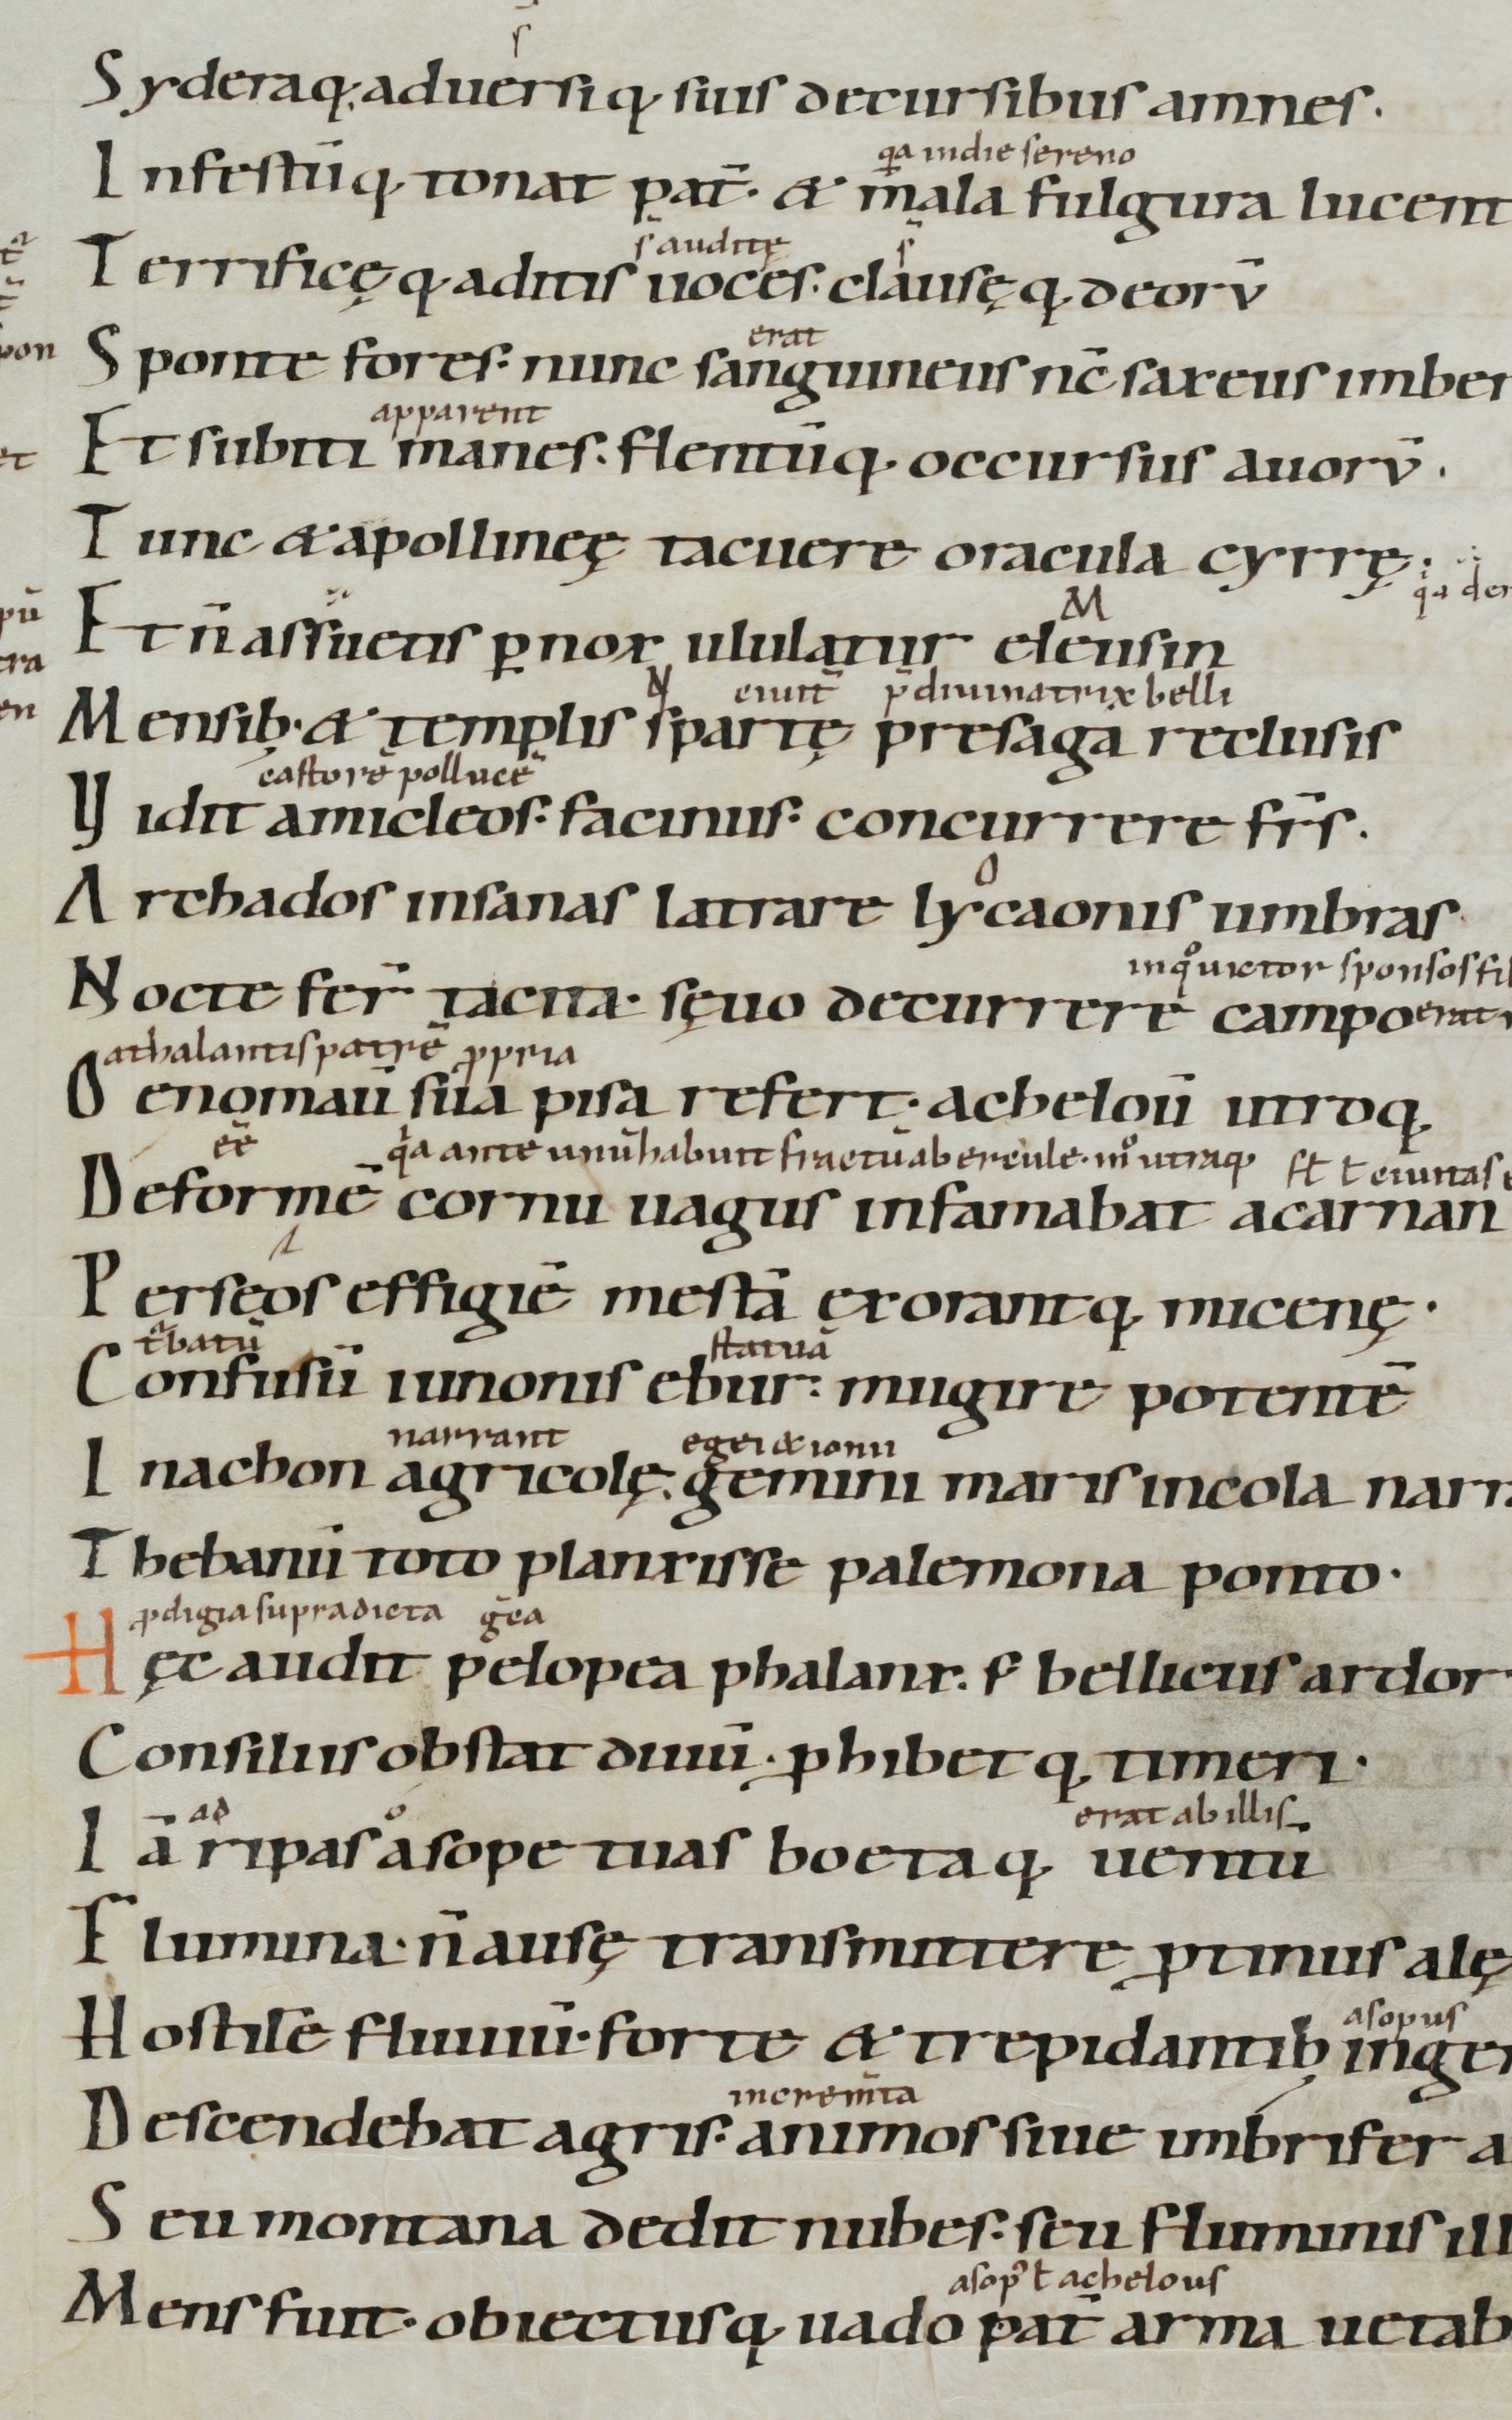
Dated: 900–1199